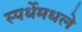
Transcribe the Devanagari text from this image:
स्पर्धेमधले